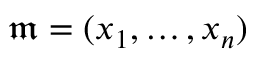
{ \mathfrak { m } } = ( x _ { 1 } , \ldots , x _ { n } )